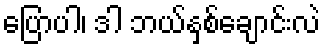
ပြောပါ၊ ဒါ ဘယ်နှစ်ချောင်းလဲ